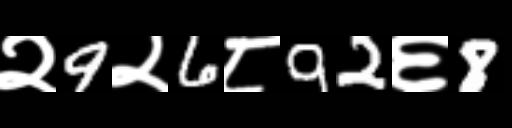
Text: २9२6८92६8